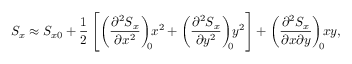
S _ { x } \approx S _ { x 0 } + \frac { 1 } { 2 } \left[ \left( \frac { \partial ^ { 2 } S _ { x } } { \partial x ^ { 2 } } \right) _ { \! \! 0 } \! \! x ^ { 2 } + \left( \frac { \partial ^ { 2 } S _ { x } } { \partial y ^ { 2 } } \right) _ { \! \! 0 } \! \! y ^ { 2 } \right] + \left( \frac { \partial ^ { 2 } S _ { x } } { \partial x \partial y } \right) _ { \! \! 0 } \! \! x y ,